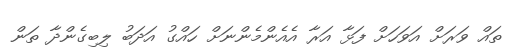
ތައް ވަރަށް އަވަހަށް ފަޅާ އަރާ އެއެންމެންނަށް ހައްގު އަދަބު ލިބިގެންދާ ތަން